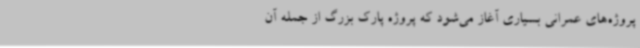
پروژه‌های عمرانی بسیاری آغاز می‌شود که پروژه پارک بزرگ از جمله آن